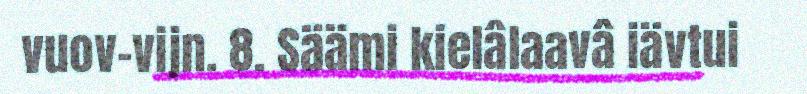
vuov-vijn. 8. Säämi kielâlaavâ iävtui